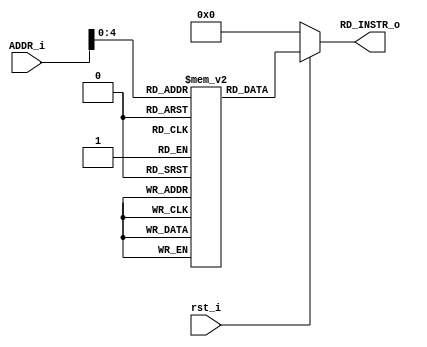
`timescale 1ns / 1ps
//////////////////////////////////////////////////////////////////////////////////
// Company: 
// Engineer: 
// 
// Design Name: 
// Module Name: INSTR_Mem
// Project Name: 
// Target Devices: 
// Tool Versions: 
// Description: 
// 
// Dependencies: 
// 
// Revision:
// Revision 0.01 - File Created
// Additional Comments:
// 
//////////////////////////////////////////////////////////////////////////////////


module INSTR_Mem(
        output  [31:0]  RD_INSTR_o,         // MACHINE LEVEL INSTRUCTION OUTPUT
        input   [31:0]  ADDR_i,             // INPUT address of INSTRUCTION from PC
        input           rst_i               // RESET sginal
    );
        
        // DECLARING the INSTRUCTION MEMORY
        reg [31:0] instr_mem  [31:0] ;
        

        
        // ASSIGNING  the MACHINE INSTRUCTION to OUT signal
        assign RD_INSTR_o = (rst_i == 1'b0) ?  32'h00000000  :  instr_mem[ADDR_i] ;       
        




    // ASSIGNING random INPUT VALUES for SIMULATION based VERIFICATION
    initial begin
    
            //$readmemh("memfile.hex",instr_mem) ;
            instr_mem[0] <= /*32'h00500293;*//* 32'h00500213*/ 32'h0032A383 ;
            instr_mem[4] <= /*32'h00300313 ;*/ /*32'h00300293*/ 32'h00338433;
            instr_mem[8] <= /*32'h006283B3 ;*/ /*32'h00200193*/ 32'h00736133 ;
           // instr_mem[12] <= 32'h00400113 ;
            instr_mem[12] <= /*32'h00002403 ;*/ /*32'h00520433*/ 32'h402381B3  ;
           // instr_mem[16] <= /*32'h00100493 ;*/ 32'h40340133 ;
            //instr_mem[20] <= /*32'h00940533 ;*/ 32'h008364B3 ;
            //instr_mem[24] <= 32'h002473B3 ;
            /*
            instr_mem[4] <= 32'h12345297;
            instr_mem[16] <= 32'habcd1234;
            instr_mem[40] <= 32'hef123456; */
    end
    
endmodule